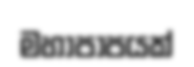
මහාපාපයක්